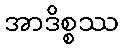
အာဒိစ္စဿ